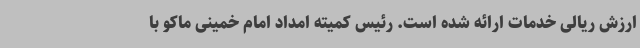
ارزش ریالی خدمات ارائه شده است. رئیس کمیته امداد امام خمینی ماکو با